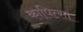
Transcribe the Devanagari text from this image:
कापित्सा